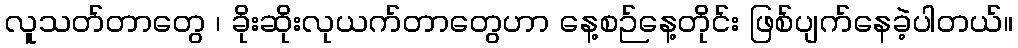
လူသတ်တာတွေ ၊ ခိုးဆိုးလုယက်တာတွေဟာ နေ့စဉ်နေ့တိုင်း ဖြစ်ပျက်နေခဲ့ပါတယ်။